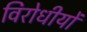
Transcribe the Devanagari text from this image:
विरोधीयों